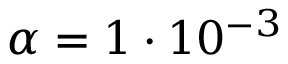
\alpha = 1 \cdot 1 0 ^ { - 3 }